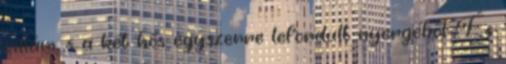
villám, s a két hős egyszerre lefordult nyergéből. És